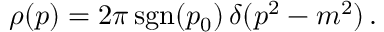
\rho ( p ) = 2 \pi \, \mathrm { s g n } ( p _ { 0 } ) \, \delta ( p ^ { 2 } - m ^ { 2 } ) \, .